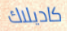
كاديلاك